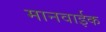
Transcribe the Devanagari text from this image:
मानवाईक